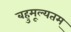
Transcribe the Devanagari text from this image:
बहुमूल्यतम्